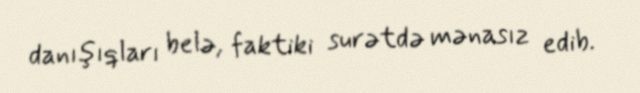
danışıqları belə, faktiki surətdə mənasız edib.